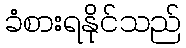
ခံစားရနိုင်သည်